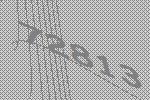
72813